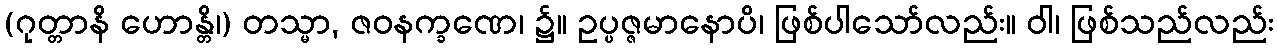
(ဂုတ္တာနိ ဟောန္တိ၊) တသ္မာ, ဇဝနက္ခဏေ၊ ၌။ ဥပ္ပဇ္ဇမာနောပိ၊ ဖြစ်ပါသော်လည်း။ ဝါ၊ ဖြစ်သည်လည်း